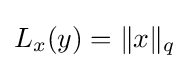
L_{x}(y)=\|x\|_{q}